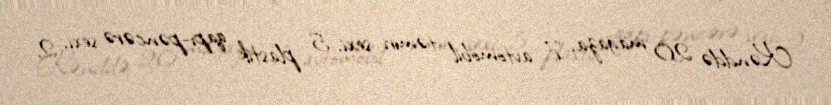
Kənddə 20 mağaza, 7 avtomobil təmiri sexi, 5 plastik qapı-pəncərə sexi, 2